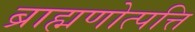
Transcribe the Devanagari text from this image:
ब्राह्मणोत्पत्ति